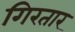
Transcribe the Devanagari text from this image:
गिरतार